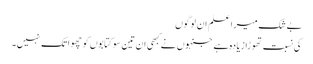
بے شک میرا علم ان لوگوں
کی نسبت تھوڑا زیادہ ہے جنہوں نے کبھی ان تین سو کتابوں کو چھوا تک نہیں۔